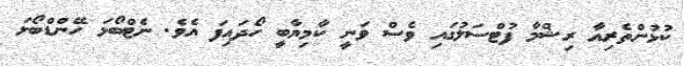
ކުޅުންތެރިއާ ރިޝްމާ ފުޓްސަލުގައި ވެސް ވަނީ ކާމިޔާބީ ހޯދައިފަ އެވެ. ނެޓްބޯޅަ ހޭންޑްބޯޅަ